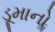
ડૂમાનો